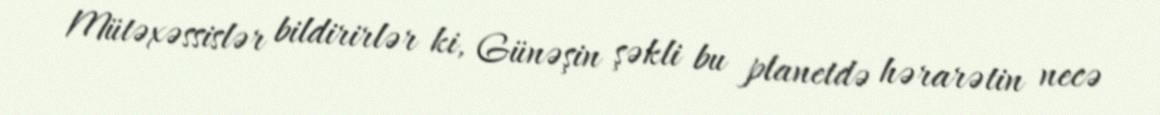
Mütəxəssislər bildirirlər ki, Günəşin şəkli bu planetdə hərarətin necə